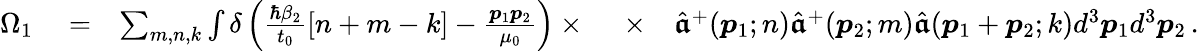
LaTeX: \begin{array}{rlrlr}{\Omega_{1}}&{{}=}&{\sum_{m,n,k}\int\delta\left(\frac{\hbar\beta_{2}}{t_{0}}[n+m-k]-\frac{\boldsymbol{p}_{1}\boldsymbol{p}_{2}}{\mu_{0}}\right)\times\ }&{{}\times}&{\hat{\boldsymbol{\mathfrak a}}^{+}(\boldsymbol{p}_{1};n)\hat{\boldsymbol{\mathfrak a}}^{+}(\boldsymbol{p}_{2};m)\hat{\boldsymbol{\mathfrak a}}(\boldsymbol{p}_{1}+\boldsymbol{p}_{2};k)d^{3}\boldsymbol{p}_{1}d^{3}\boldsymbol{p}_{2}\, .}\end{array}